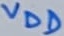
Text: VDD